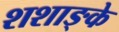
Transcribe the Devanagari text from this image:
शशाङ्के